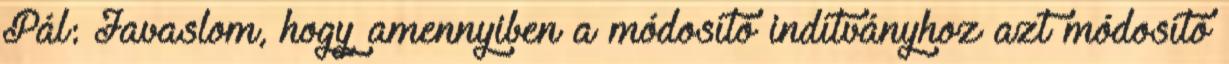
Pál: Javaslom, hogy amennyiben a módosító indítványhoz azt módosító